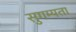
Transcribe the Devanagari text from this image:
सुगम्यता